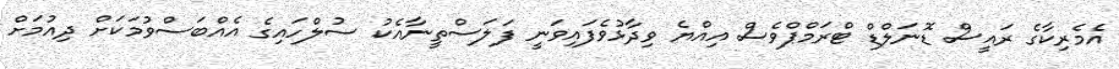
އެމެރިކާގެ ރައީސް ޑޮނަލްޑް ޓްރަމްޕްވެސް އިއްޔެ ވިދާޅުވެފައިވަނީ ފަލަސްތީނާއެކު ސުލްހައިގެ އެއްބަސްވުމަކަށް ދިއުމަށް